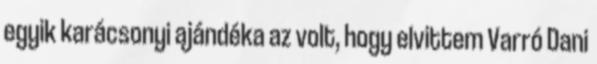
egyik karácsonyi ajándéka az volt, hogy elvittem Varró Dani